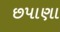
છપાણા